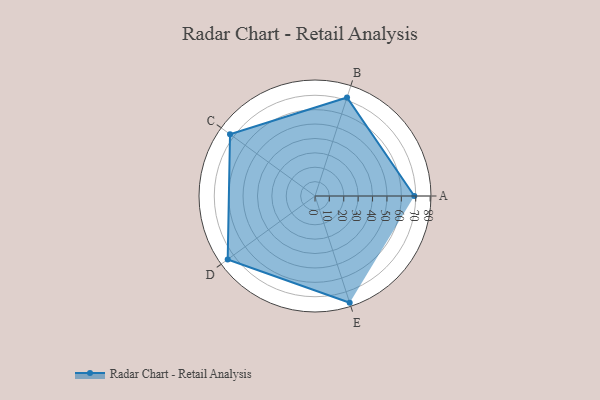
{"axis": {"x": "Skill", "y": "Score"}, "legend": ["Profile"], "data": [{"x": "A", "y": 69.0, "type": "Profile"}, {"x": "B", "y": 72.0, "type": "Profile"}, {"x": "C", "y": 73.0, "type": "Profile"}, {"x": "D", "y": 75.0, "type": "Profile"}, {"x": "E", "y": 78.0, "type": "Profile"}]}